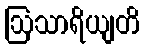
ဩသာရိယျတိ